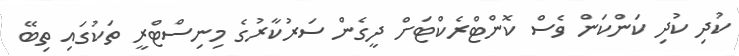
ކުދި ކުދި ކަންކަން ވެސް ކޮންޓްރެކްޓަށް ދީގެން ސަރުކާރުގެ މިނިސްޓްރީ ތަކުގައި ތިބޭ